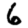
Digit: 6